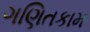
ગણિતકામ